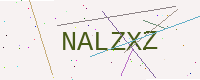
Text: NALZXZ